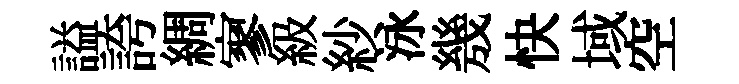
謚誇綢寥級紗泳㡬快域空